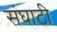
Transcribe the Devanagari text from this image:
संघाटी